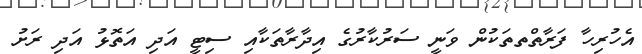
އެހުރިހާ ފަރާތްތތަކުން ވަނީ ސަރުކާރުގެ އިދާރާތަކާއި ސިޓީ އަދި އަތޮޅު އަދި ރަށު